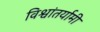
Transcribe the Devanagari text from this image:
विश्वांतर्यामी